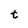
Character: t